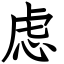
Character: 虑